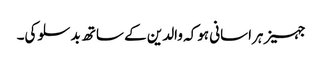
جہیز ہراسانی ہوکہ والدین کے ساتھ بدسلوکی۔